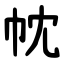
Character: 帎